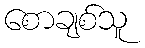
စောချစ်သူ